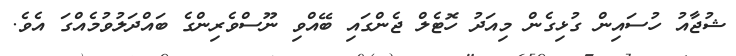
ޝުޖާއު ހުސައިން ގުޅިގެން މިއަދު ހޮޓެލް ޖެންގައި ބޭއްވި ނޫސްވެރިންގެ ބައްދަލުވުމެއްގަ އެވެ.